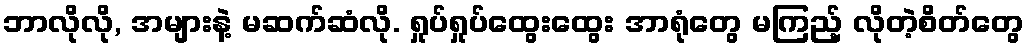
ဘာလိုလို, အများနဲ့ မဆက်ဆံလို. ရှုပ်ရှုပ်ထွေးထွေး အာရုံတွေ မကြည့် လိုတဲ့စိတ်တွေ